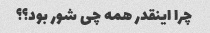
چرا اینقدر همه چی شور بود؟؟